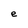
Character: e